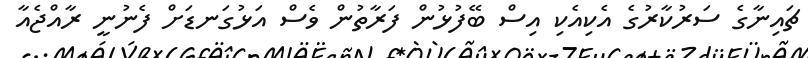
ޗައިނާގެ ސަރުކާރުގެ އެކިއެކި އިސް ބޭފުޅުން ފަރާތުން ވެސް އަޅުގަނޑަށް ފެނުނީ ރާއްޖެއާ